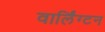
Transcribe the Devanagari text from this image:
वार्लिंग्टन